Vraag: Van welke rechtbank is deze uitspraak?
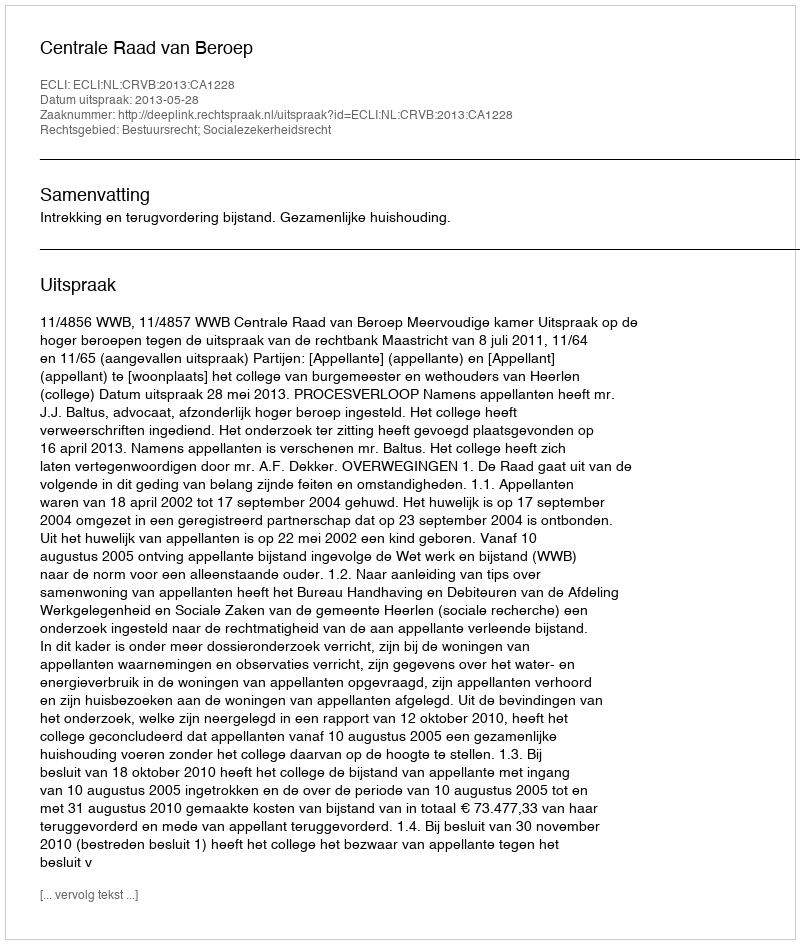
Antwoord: Centrale Raad van Beroep